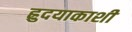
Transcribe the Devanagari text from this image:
ह्रुदयाकाशी